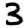
Digit: 3